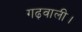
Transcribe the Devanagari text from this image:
गढ़वाली।